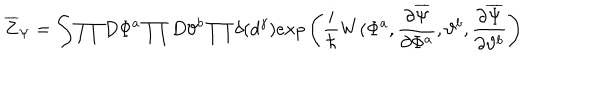
LaTeX: \overline { { { Z } } } _ { \Psi } = \int \prod D \Phi ^ { a } \prod D \vartheta ^ { b } \prod \delta ( d ^ { \gamma } ) e x p \left( { \frac { i } { \hbar } } W ( \Phi ^ { a } , { \frac { \partial \overline { { \Psi } } } { \partial \Phi ^ { a } } } , \vartheta ^ { b } , { \frac { \partial \overline { { \Psi } } } { \partial \vartheta ^ { b } } } \right)